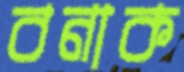
বনাক